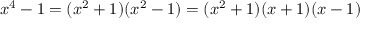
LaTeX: x ^ { 4 } - 1 = ( x ^ { 2 } + 1 ) ( x ^ { 2 } - 1 ) = ( x ^ { 2 } + 1 ) ( x + 1 ) ( x - 1 )